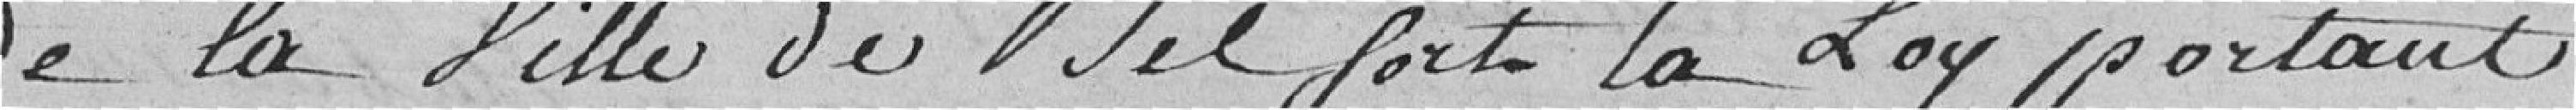
de la ville de Belfort la loy portant